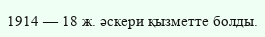
1914 — 18 ж. әскери қызметте болды.